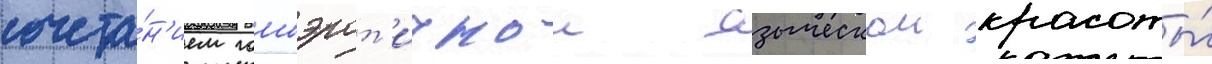
сочета́н'ием гомоэрот'ичнои языческои красоты́